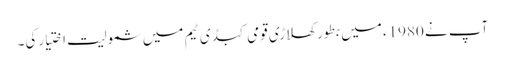
آپ نے 1980ء میں بطور کھلاڑی قومی کبڈی ٹیم میں شمولیت اختیارکی۔